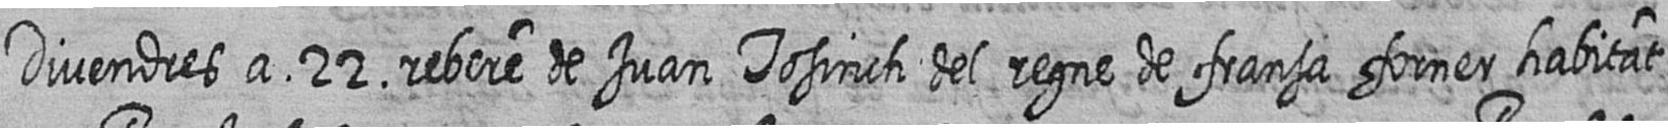
Divendres a 22 rebere de Juan Tosinch del regne de fransa forner habitat